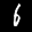
Label: 6